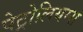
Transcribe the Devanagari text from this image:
पेट्रोलियम्स